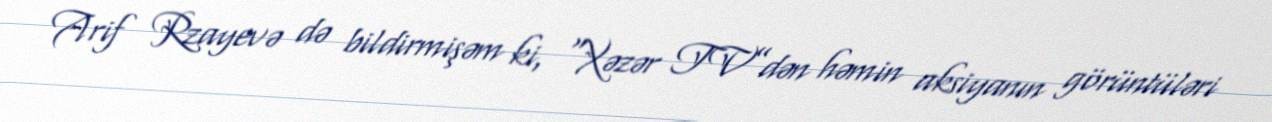
Arif Rzayevə də bildirmişəm ki, “Xəzər TV”dən həmin aksiyanın görüntüləri